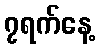
၇ရက်နေ့